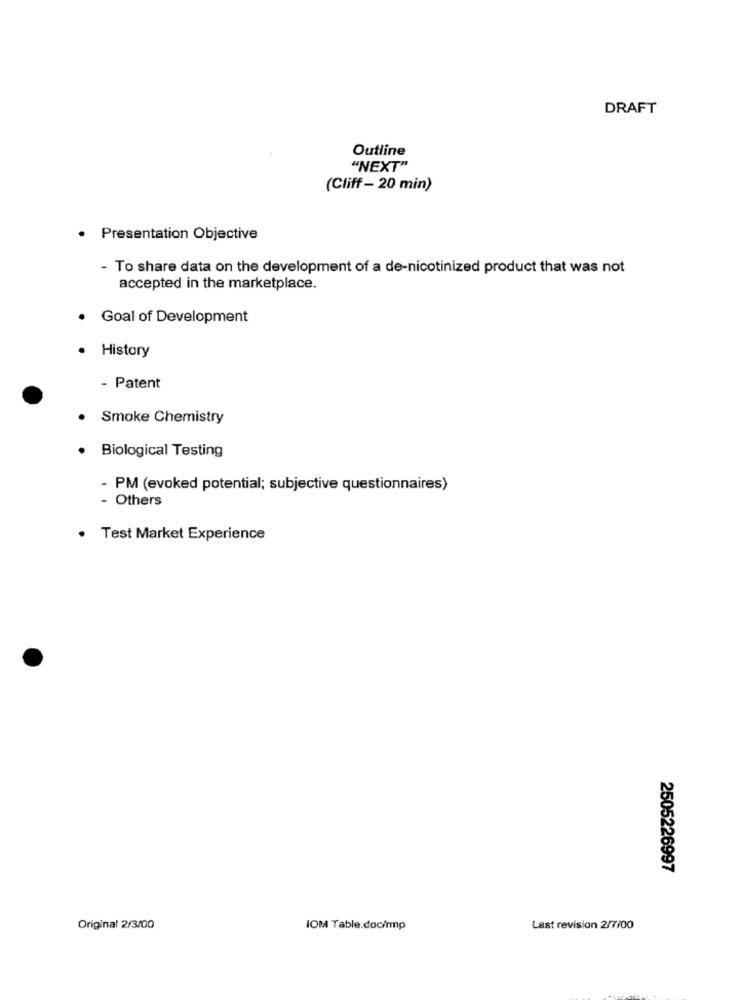
DRAFT
Outline
"NEXT"
(Cliff - 20 min)
· Presentation Objective
- To share data on the development of a de-nicotinized product that was not
accepted in the marketplace.
Goal of Development
· History
- Patent
Smoke Chemistry
Biological Testing
- PM (evoked potential; subjective questionnaires)
- Others
Test Market Experience
2505226997
Original 2/3/00
IOM Table.doc/mp
Last revision 2/7/00